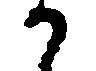
か